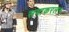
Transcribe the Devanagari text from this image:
समाकरलन